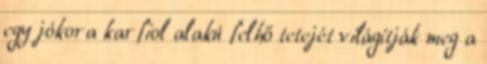
egy jókora karfiol alakú felhő tetejét világítják meg a